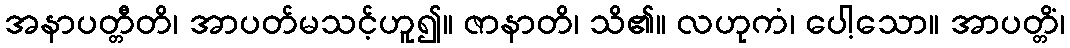
အနာပတ္တီတိ၊ အာပတ်မသင့်ဟူ၍။ ဇာနာတိ၊ သိ၏။ လဟုကံ၊ ပေါ့သော။ အာပတ္တိံ၊